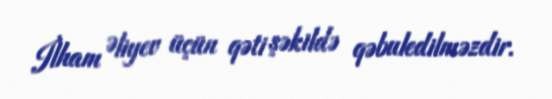
İlham Əliyev üçün qəti şəkildə qəbuledilməzdir.